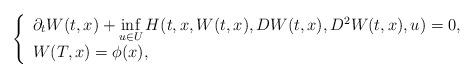
LaTeX: \begin{align*}\left\{\begin{array}[c]{l}\partial_{t}W(t,x)+\inf\limits_{u\in U}H(t,x,W(t,x),DW(t,x),D^{2}W(t,x),u)=0,\\W(T,x)=\phi(x),\end{array}\right. \end{align*}